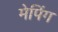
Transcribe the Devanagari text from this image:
मेपिंग